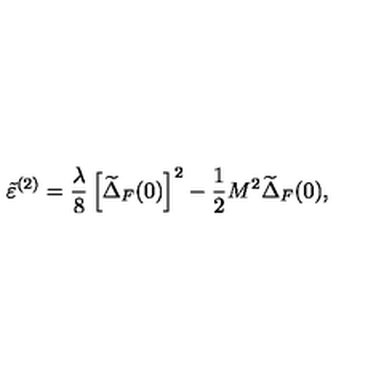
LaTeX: \tilde { \varepsilon } ^ { ( 2 ) } = \frac { \lambda } { 8 } \left[ \widetilde { \Delta } _ { F } ( 0 ) \right] ^ { 2 } - \frac { 1 } { 2 } M ^ { 2 } \widetilde { \Delta } _ { F } ( 0 ) ,